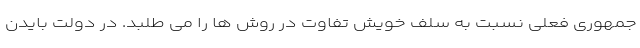
جمهوری فعلی نسبت به سلف خویش تفاوت در روش ها را می طلبد. در دولت بایدن